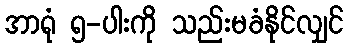
အာရုံ ၅-ပါးကို သည်းမခံနိုင်လျှင်